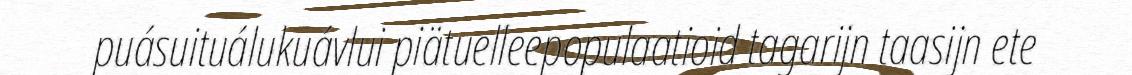
puásuituálukuávlui piätuelleepopulaatioid tagarijn taasijn ete